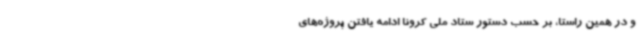
و در همین راستا، بر حسب دستور ستاد ملی کرونا ادامه یافتن پروژه‌های